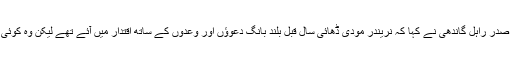
کانگریس پارٹی کے نائب صدر راہل گاندھی نے کہا کہ نریندر مودی ڈھائی سال قبل بلند بانگ دعوؤں اور وعدوں کے ساتھ اقتدار میں آئے تھے لیکن وہ کوئی انقلاب برپا نہیں کر پائے۔